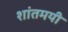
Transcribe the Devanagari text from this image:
शांतमयी